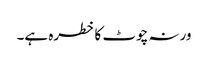
ورنہ چوٹ کا خطرہ ہے۔